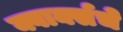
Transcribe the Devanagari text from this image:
क्वार्क्सचे